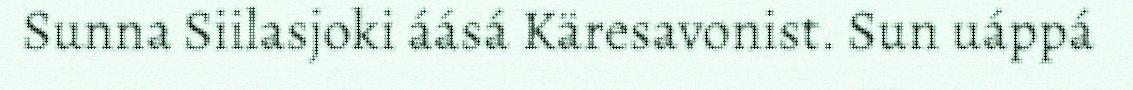
Sunna Siilasjoki áásá Käresavonist. Sun uáppá